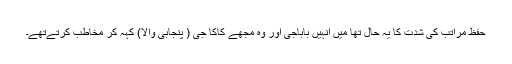
حفظ مراتب کی شدت کا یہ حال تھا میں انہیں باباجی اور وہ مجھے کاکا جی ( پنجابی والا) کہہ کر مخاطب کرتےتھے۔